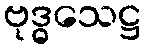
ဗုဒ္ဓသေဋ္ဌ